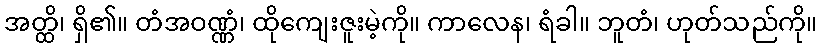
အတ္ထိ၊ ရှိ၏။ တံအဝဏ္ဏံ၊ ထိုကျေးဇူးမဲ့ကို။ ကာလေန၊ ရံခါ။ ဘူတံ၊ ဟုတ်သည်ကို။